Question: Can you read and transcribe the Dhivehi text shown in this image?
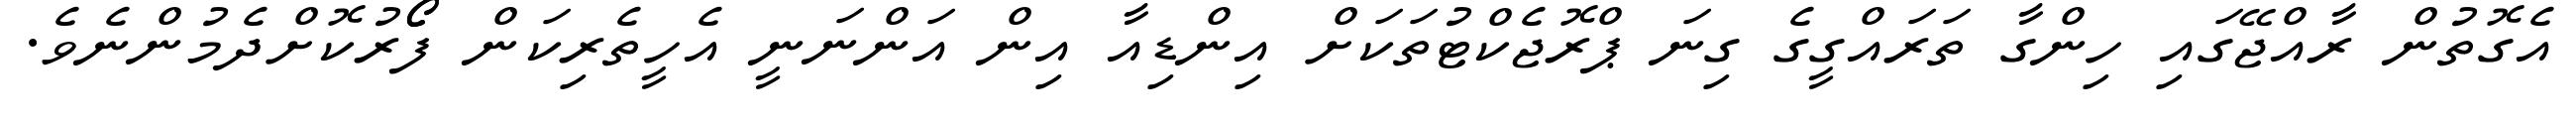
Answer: އެގޮތުން ރާއްޖޭގައި ހިންގާ ތަރައްގީގެ ގިނަ ޕްރޮޖެކްޓުތަކަށް އިންޑިއާ އިން އަންނަނީ އެހީތެރިކަން ފޯޯރުކޮށްދެމުންނެވެ.